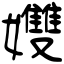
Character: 孇